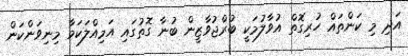
އަދި މި ކަންތައް ހުރިގޮތް އުވާލުމަކީ ބުރްޖުވާޒީން ބުނާ ގޮތުގައި އަމިއްލަކަމާ މިނިވަންކަން